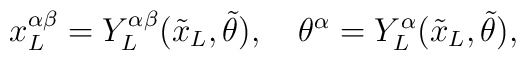
{ x_L^{\alpha \beta}} = Y^{\alpha\beta}_L({\tilde x_L},{\tilde \theta}), \quad {\theta^{\alpha}} = Y^{\alpha}_L({\tilde x_L},{\tilde \theta}),